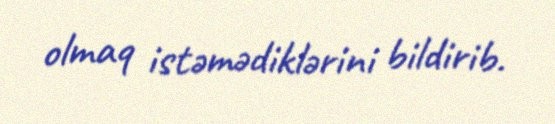
olmaq istəmədiklərini bildirib.